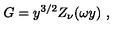
G = y ^ { 3 / 2 } Z _ { \nu } ( \omega y ) \ ,